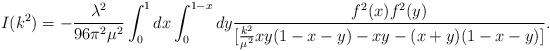
LaTeX: \begin{align*}I(k^2)=-{\lambda^2 \over 96 \pi^2 \mu^2} \int_0^1dx\int_0^{1-x}dy{f^2(x)f^2(y) \over [{k^2 \over \mu^2}xy(1-x-y)-xy-(x+y)(1-x-y)]}.\end{align*}